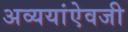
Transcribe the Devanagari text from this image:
अव्ययांऐवजी